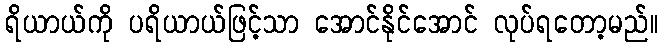
ရိယာယ်ကို ပရိယာယ်ဖြင့်သာ အောင်နိုင်အောင် လုပ်ရတော့မည်။